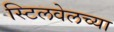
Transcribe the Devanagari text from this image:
स्टिलवेलच्या